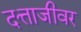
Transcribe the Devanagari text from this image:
दत्ताजीवर